Indian journal of veterinary science and animal husbandry - Volume 8,
Year: 1938
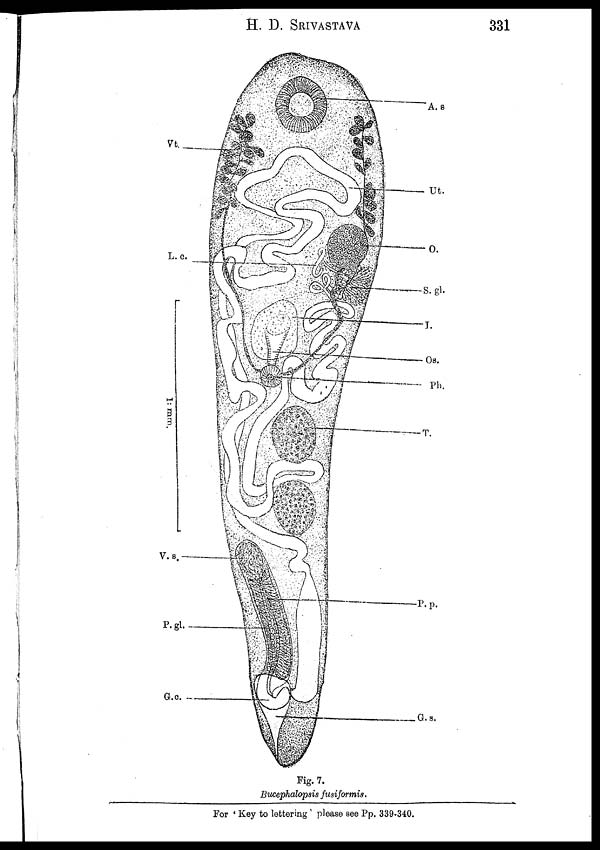
H. D.
SRIVASTAVA
331
Fig. 7.
Bucephalopsis fusiformis.
For ' Key to lettering ' please see Pp. 339-340.